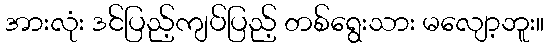
အားလုံး ဒင်ပြည့်ကျပ်ပြည့် တစ်ရွေးသား မလျော့ဘူး။